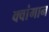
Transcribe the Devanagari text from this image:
क्वांगान